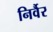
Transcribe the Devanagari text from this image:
निर्वैर